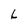
Character: L